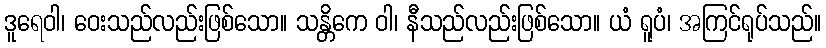
ဒူရေဝါ၊ ဝေးသည်လည်းဖြစ်သော။ သန္တိကေ ဝါ၊ နီသည်လည်းဖြစ်သော။ ယံ ရူပံ၊ အကြင်ရုပ်သည်။